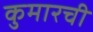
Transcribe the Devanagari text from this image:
कुमारची